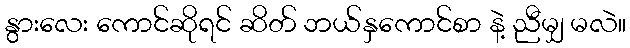
နွားလေး ကောင်ဆိုရင် ဆိတ် ဘယ်နှကောင်စာ နဲ့ ညီမျှ မလဲ။